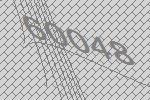
60048